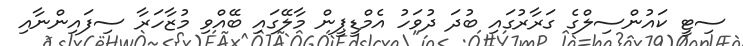
ސިޓީ ކައުންސިލްގެ ގަރާރުގައި ބުދަ ދުވަހު އެމްޑީޕީން މާލޭގައި ބޭއްވި މުޒާހަރާ ސިފައިންނާއި